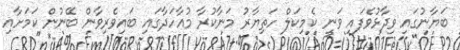
ބަޔާނުގައި ވިދާޅުވެފައި ވަނީ ކެމިކަލް ހަތިޔާރު މަނާކުރާ މުއާހަދާގައި ބައިވެރިިވާން ބޭނުން ކަމަށާއި